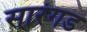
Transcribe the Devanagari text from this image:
सारंगड